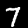
Label: 7